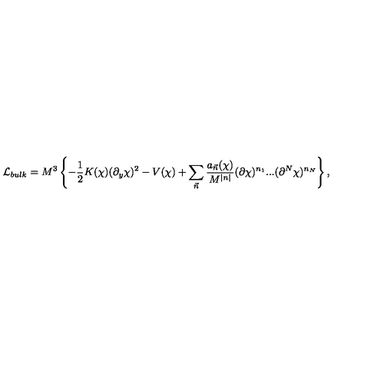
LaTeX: { \cal L } _ { b u l k } = M ^ { 3 } \left\{ - \frac { 1 } { 2 } K ( \chi ) ( \partial _ { y } \chi ) ^ { 2 } - V ( \chi ) + \sum _ { \vec { n } } \frac { a _ { \vec { n } } ( \chi ) } { M ^ { | n | } } ( \partial \chi ) ^ { n _ { 1 } } . . . ( \partial ^ { N } \chi ) ^ { n _ { N } } \right\} ,